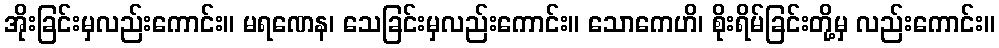
အိုးခြင်းမှလည်းကောင်း။ မရဏေန၊ သေခြင်းမှလည်းကောင်း။ သောကေဟိ၊ စိုးရိမ်ခြင်းတို့မှ လည်းကောင်း။